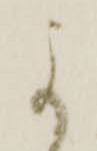
よ